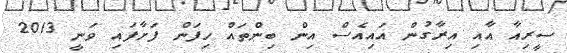
ސީރިއާ އާއި އިރާގުން އައިއެސް އިން ބިންތައް ހިފަން ފަށާފައި ވަނީ 2013